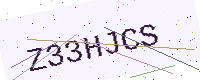
Text: Z33HJCS